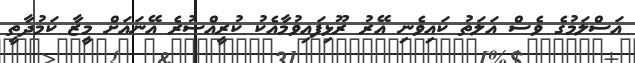
އަސްލަމުގެ ވެސް އަލަތު ކައިވެނި އޭރު ރޫޅިފައިވުމާއެކު ކުރީއްސުރެ އޭނައަށް މީޒާ ކަމުދާތީ